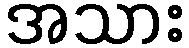
အသား